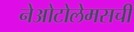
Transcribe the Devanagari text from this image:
नेओटोलेमसची